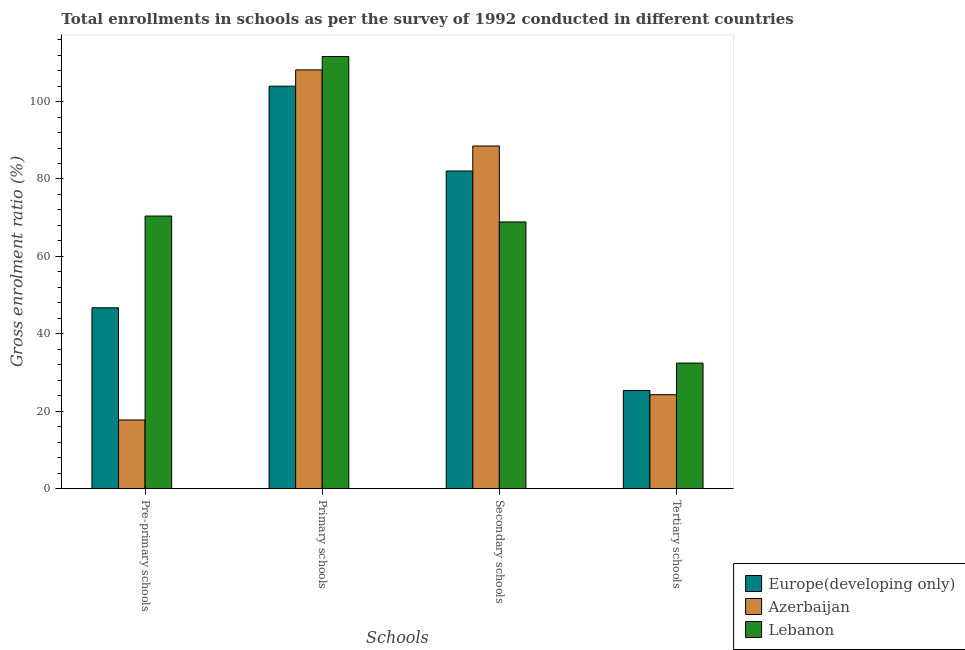
| Schools | Europe(developing only) | Azerbaijan | Lebanon |
 | --- | --- | --- | --- |
 | Pre-primary schools | 46.7 | 17.7 | 70.4 |
 | Primary schools | 104 | 108 | 112 |
 | Secondary schools | 82.1 | 88.5 | 68.9 |
 | Tertiary schools | 25.4 | 24.3 | 32.5 |